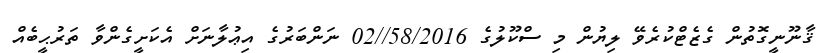
ޤާނޫނީގޮތުން ގެޒެޓްކުރެވޭ ލިޔުން މި ސްކޫލުގެ 58/2016//02 ނަންބަރުގެ އިޢުލާނަށް އެކަށީގެންވާ ތަރުޙީބެއް